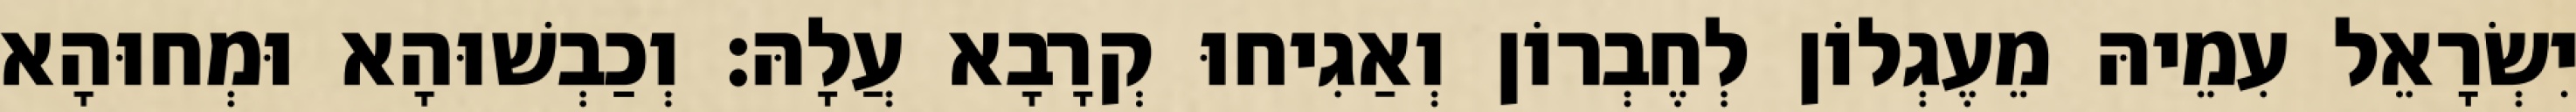
יִשְׂרָאֵל עִמֵיהּ מֵעֶגְלוֹן לְחֶבְרוֹן וְאַגִיחוּ קְרָבָא עֲלָהּ׃ וְכַבְשׁוּהָא וּמְחוּהָא